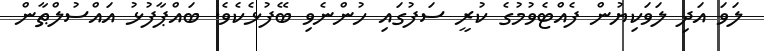
ލަވަ އަދި ލަވަކިޔުން ފެއްޓެވުމުގެ ކުރީ ސަފުގައި ހުންނެވި ބޭފުޅެކެވެ. ބައްޕާފުޅު އައްސުލްޠާން